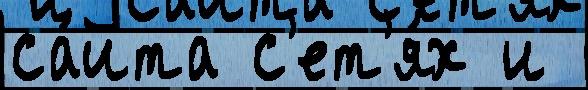
са́йта с'ет'я́х и